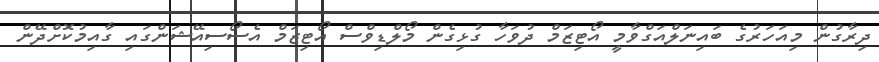
ދިރާގުން މިއަހަރުގެ ބައިނަލްއަގްވާމީ އޯޓިޒަމް ދުވަހާ ގުޅިގެން މޯލްޑިވްސް އޯޓިޒަމް އެސޯސިއޭޝަންގައި ގާއިމުކޮށްދޭން